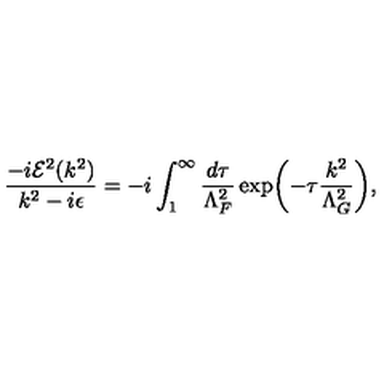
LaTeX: \frac { - i { \cal E } ^ { 2 } ( k ^ { 2 } ) } { k ^ { 2 } - i \epsilon } = - i \int _ { 1 } ^ { \infty } \frac { d \tau } { \Lambda _ { F } ^ { 2 } } \exp \biggl ( - \tau \frac { k ^ { 2 } } { \Lambda _ { G } ^ { 2 } } \biggr ) ,